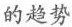
的趋势